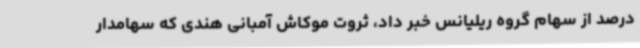
درصد از سهام گروه ریلیانس خبر داد، ثروت موکاش آمبانی هندی که سهامدار